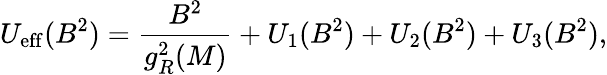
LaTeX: U_{\mathrm{eff}}(B^{2})=\frac{B^{2}}{g_{R}^{2}(M)}+U_{1}(B^{2})+U_{2}(B^{2})+U_{3}(B^{2}),